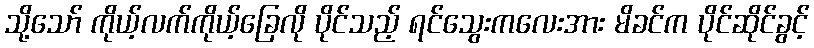
သို့သော် ကိုယ့်လက်ကိုယ့်ခြေလို ပိုင်သည့် ရင်သွေးကလေးအား မိခင်က ပိုင်ဆိုင်ခွင့်